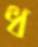
ধ